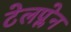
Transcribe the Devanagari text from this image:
टेलप्लेन